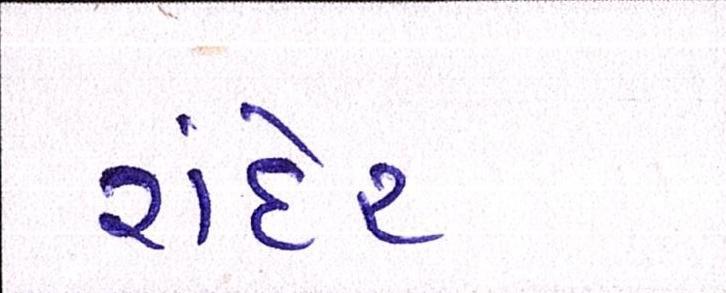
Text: રાંદેર